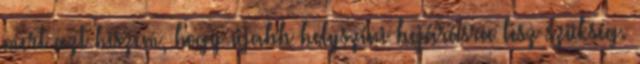
mert azt hiszem, hogy újabb helyszíni bejárásra lesz szükség.